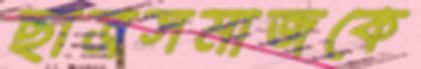
ছাত্রসমাজকে